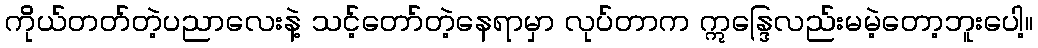
ကိုယ်တတ်တဲ့ပညာလေးနဲ့ သင့်တော်တဲ့နေရာမှာ လုပ်တာက ဣန္ဒြေလည်းမမဲ့တော့ဘူးပေါ့။